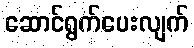
ဆောင်ရွက်ပေးလျက်